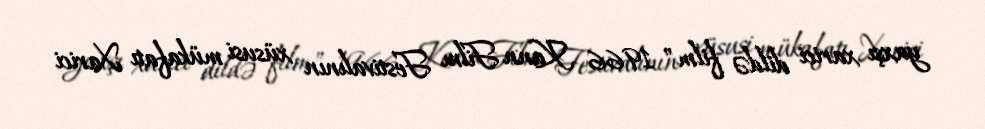
yaxşı xarici dildə film" 1966 Kann Film Festivalının xüsusi mükafatı Xarici